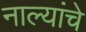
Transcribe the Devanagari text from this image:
नाल्यांचे